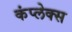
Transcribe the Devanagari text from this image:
कंप्लेक्स